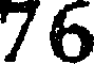
76